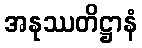
အနုဿတိဋ္ဌာနံ